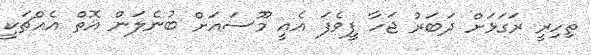
ތިހިރީ ރަގަޅަށް ދަބަރު ޖަހާ ފީވެފަ އެއީ މޫސައަށް ބުނެލަން އޮތް އެއްޗަކީ